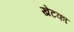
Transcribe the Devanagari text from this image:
खेटका